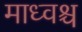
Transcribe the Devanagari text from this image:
माध्वश्च